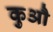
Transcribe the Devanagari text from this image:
कुऔ